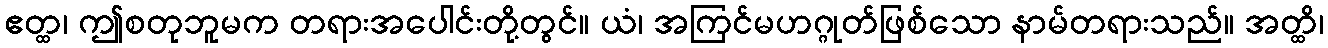
ဧတ္ထ၊ ဤစတုဘူမက တရားအပေါင်းတို့တွင်။ ယံ၊ အကြင်မဟဂ္ဂုတ်ဖြစ်သော နာမ်တရားသည်။ အတ္ထိ၊